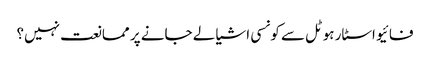
فائیو اسٹار ہوٹل سے کونسی اشیا لے جانے پر ممانعت نہیں؟